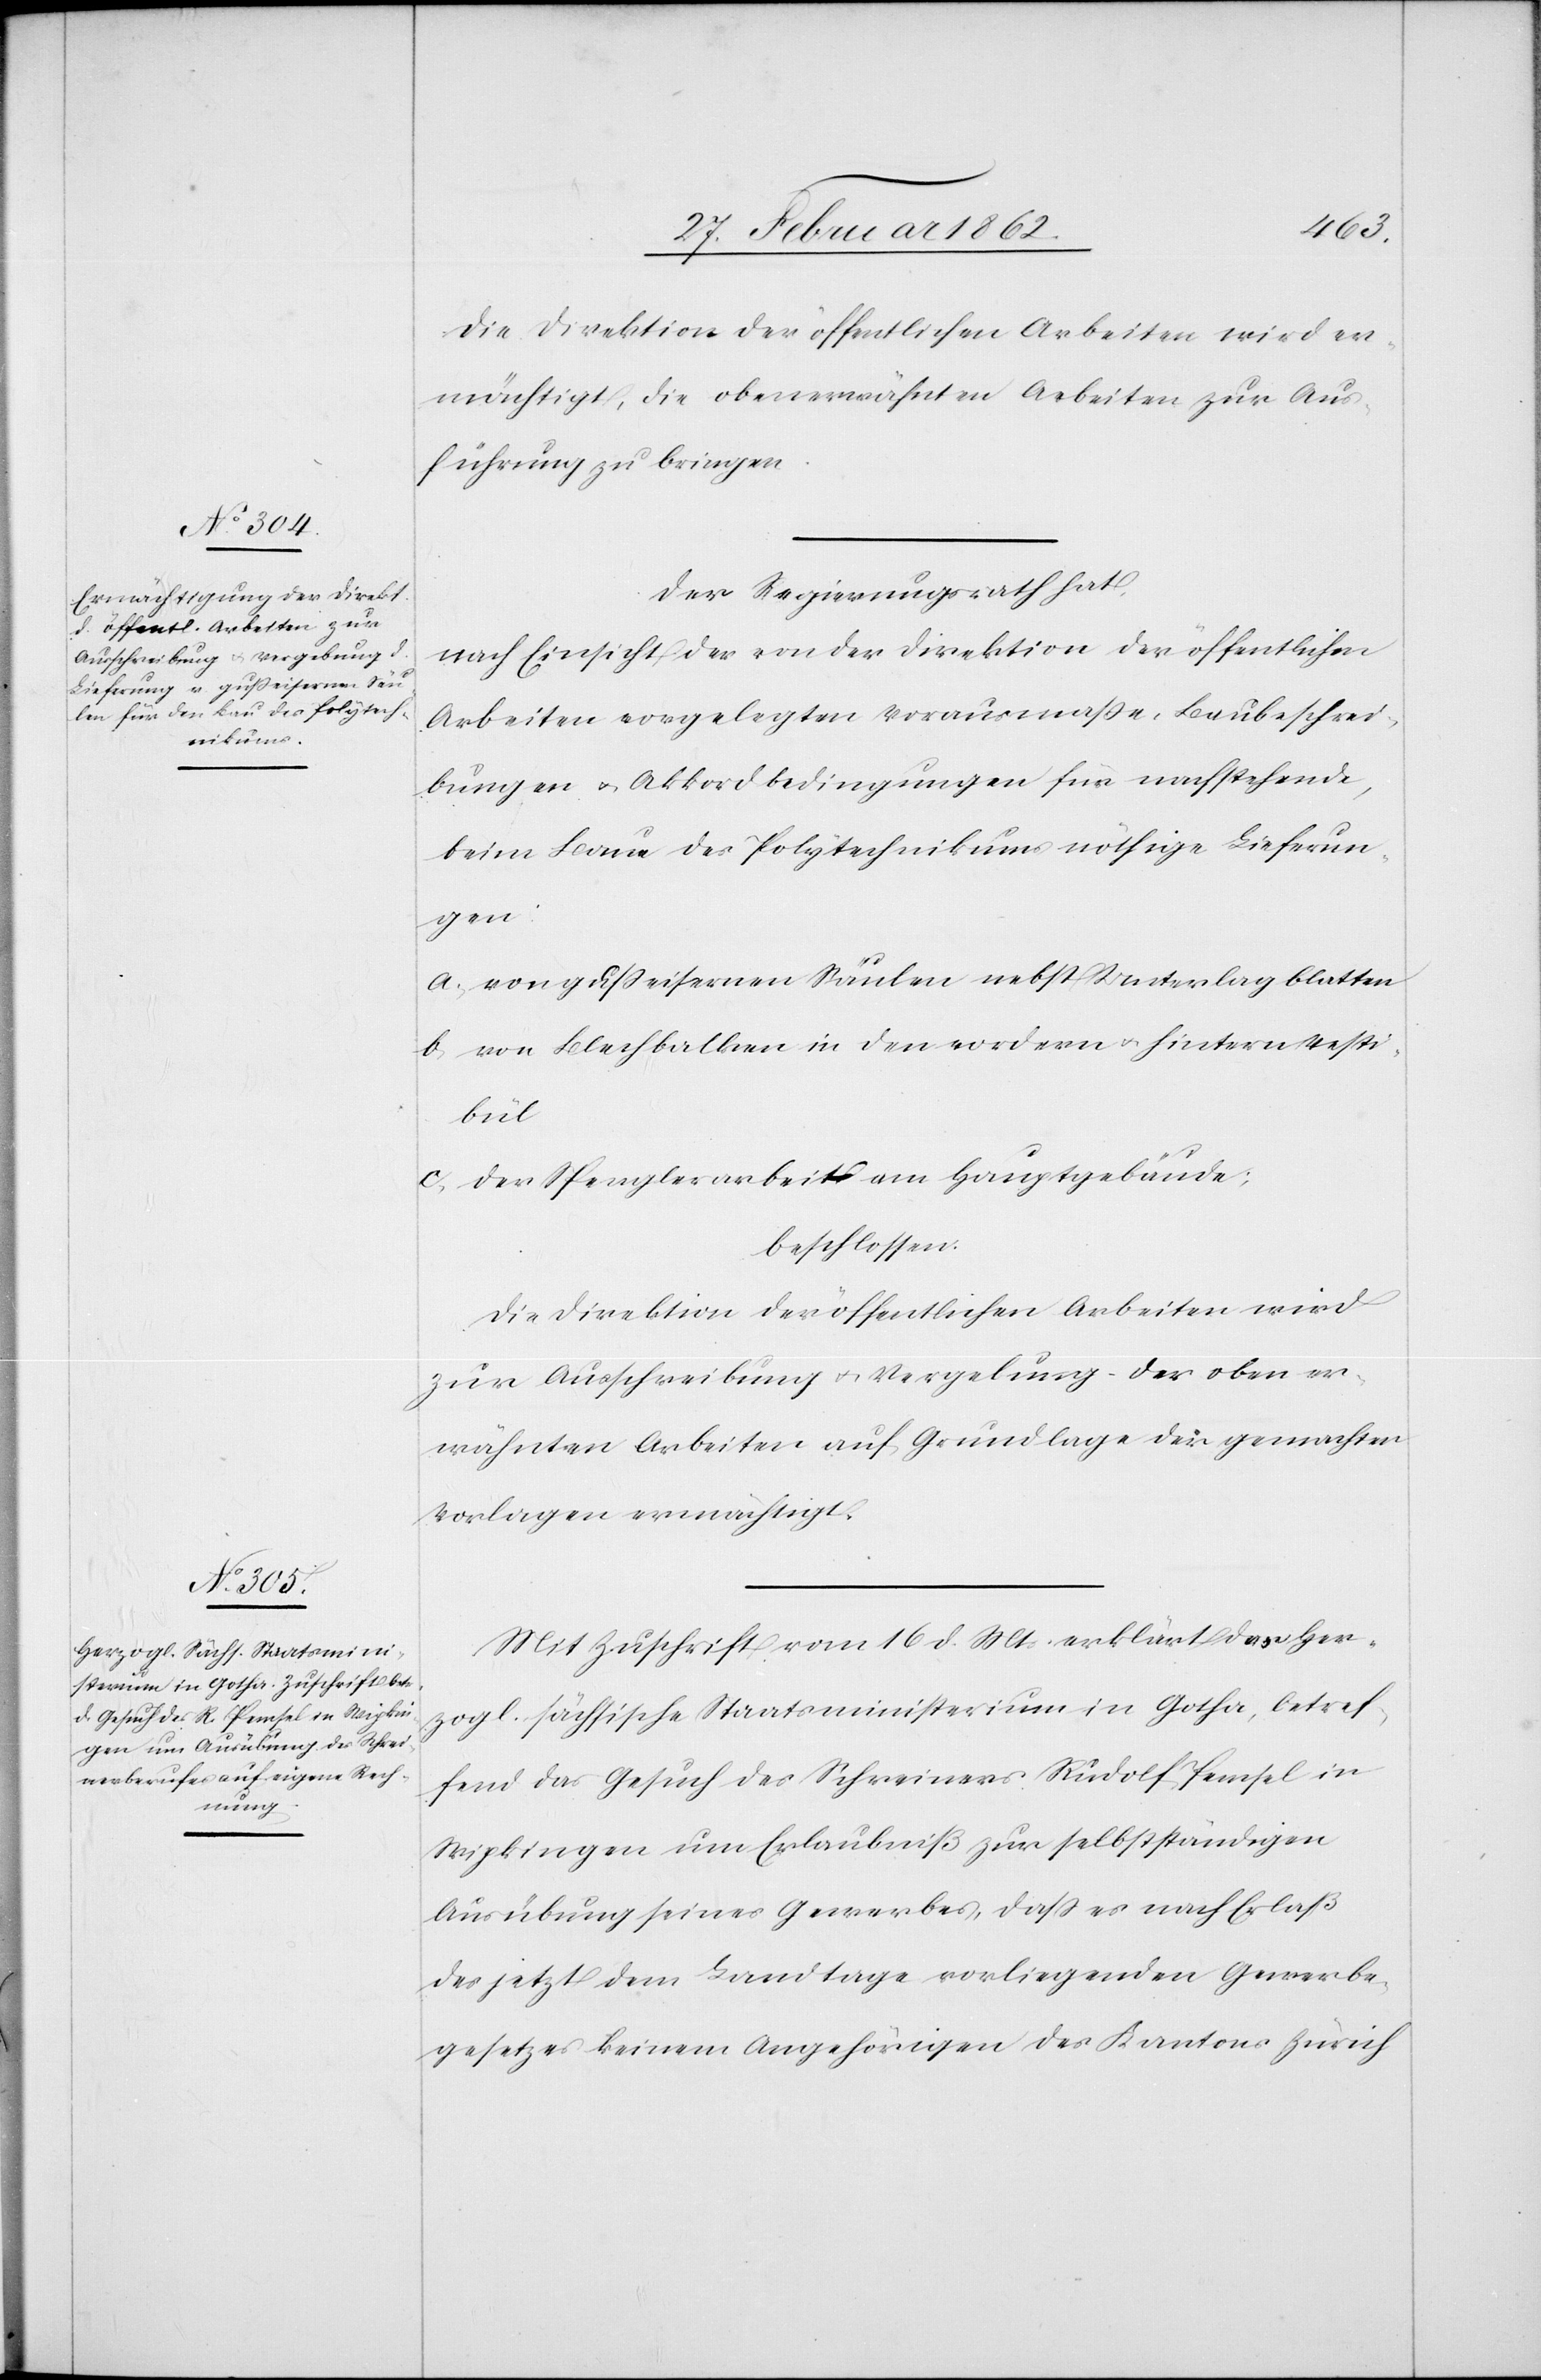
Die Direktion der öffentlichen Arbeiten wird er¬
mächtigt, die obenerwähnten Arbeiten zu Aus¬
führung zu bringen.
Der Regierungsrath hat,
nach Einsicht der von der Direktion der öffentlichen
Arbeiten vorgelegten Vorausmaße, Baubeschrei¬
bungen u. Akkordbedingungen für nachstehende,
beim Baue des Polytechnikums nöthige Lieferun¬
gen:
a) von gußeisernen Säulen nebst Unterlagblatten
b) von Blechbalken in den vordern u. hintern Vesti¬
bül
c) der Spenglerarbeit am Hauptgebäude;
beschlossen:
Die Direktion der öffentlichen Arbeiten wird
zur Ausschreibung u. Vergebung der oben er¬
wähnten Arbeiten auf Grundlage der gemachten
Vorlagen ermächtigt.
Mit Zuschrift vom 16 d. Mts erklärt das Her¬
zogl. sächsische Staatsministerium in Gotha, betref¬
fend das Gesuch des Schreiners Rudolf Pemsel in
Wipkingen um Erlaubniß zur selbstständigen
Ausübung seines Gewerbes, daß es nach Erlaß
des jetzt dem Landtage vorliegenden Gewerbe¬
gesetzes keinem Angehörigen des Kantons Zürich